Code of medical and sanitary regulations for the guidance of medical officers serving in the Madras Presidency - Volume II
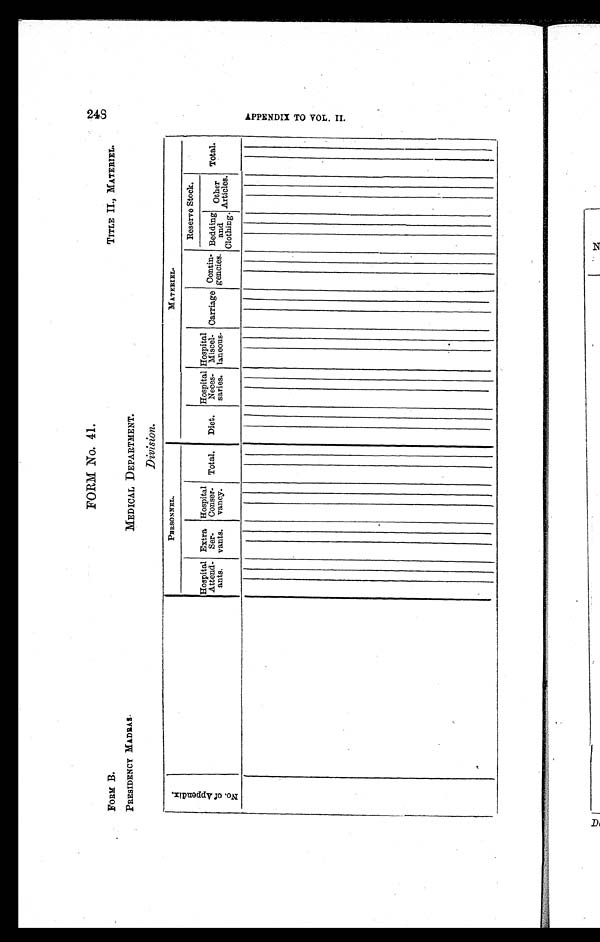
FORM No. 41.
FORM B. TITLE II., MATERIEL.
PRESIDENCY MADRAS. MEDICAL DEPARTMENT.
Division.
N o . o f A p p e n d i x .
PERSONNEL.
MATERIEL.
Hospital
Attend-
ants.
Extra
Ser-
vants.
Hospital
Conser-
vancy.
Total.
Diet.
Hospital
Neces-
saries.
Hospital
Miscel-
laneous.
Carriage Contin-
gencies.
Reserve Stock.
Total.
Bedding
and
Clothing.
Other
Articles.
2 4 8 A P P E N D I X T O V O L . I I .